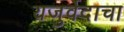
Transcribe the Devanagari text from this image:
यजुर्वेदाचा